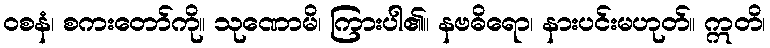
ဝစနံ၊ စကးတော်ကို။ သုဏောမိ၊ ကြားပါ၏။ နဗဓိရော၊ နားပင်းမဟုတ်။ ဣတိ၊